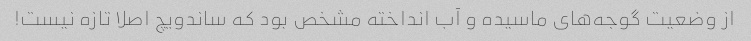
از وضعیت گوجه‌های ماسیده و آب انداخته مشخص بود که ساندویچ اصلا تازه نیست!